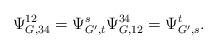
LaTeX: \begin{align*}\Psi^{12}_{G,34}=\Psi^s_{G',t}\Psi^{34}_{G,12}=\Psi^t_{G',s}.\end{align*}